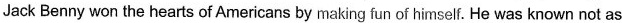
Jack Benny won the hearts of Americans by making funof himself. He was known not as